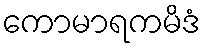
ကောမာရကမိဒံ